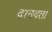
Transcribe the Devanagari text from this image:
दानवता